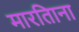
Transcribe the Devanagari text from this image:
मारतिाना